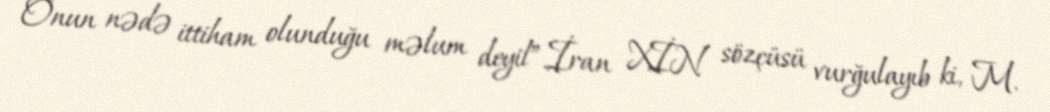
Onun nədə ittiham olunduğu məlum deyil”.İran XİN sözçüsü vurğulayıb ki, M.